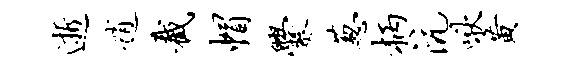
逝逍截帽爨葱柄沆啾黄